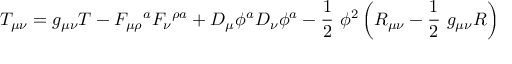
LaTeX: T _ { \mu \nu } = g _ { \mu \nu } T - F _ { \mu \rho } \mathrm { } ^ { a } F _ { \nu } \mathrm { } ^ { \rho a } + D _ { \mu } \phi ^ { a } D _ { \nu } \phi ^ { a } - \frac { 1 } { 2 } \ \phi ^ { 2 } \left( R _ { \mu \nu } - \frac { 1 } { 2 } \ g _ { \mu \nu } R \right)